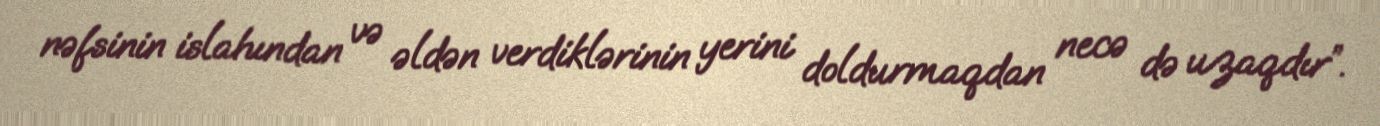
nəfsinin islahından və əldən verdiklərinin yerini doldurmaqdan necə də uzaqdır”.